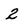
Character: 2